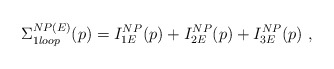
\begin{align*}\Sigma _{1loop}^{NP(E)}(p)=I_{1E}^{NP}(p)+I_{2E}^{NP}(p)+I_{3E}^{NP}(p)~,\end{align*}